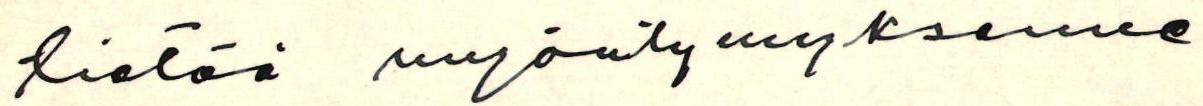
tietää myöntymyksemme